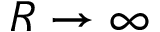
R \to \infty